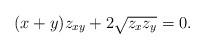
LaTeX: \begin{align*}(x+y)z_{xy} + 2\sqrt{z_xz_y} =0 .\end{align*}